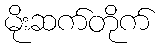
မိုးဆက်တိုက်